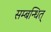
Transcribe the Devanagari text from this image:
सम्बन्धित्